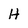
Character: H